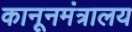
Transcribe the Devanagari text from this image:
कानूनमंत्रालय